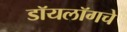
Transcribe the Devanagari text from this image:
डॉयलॉगचे